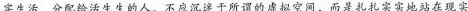
实生活，分配给活生生的人，不应沉迷于所谓的虚拟空间，而是扎扎实实地站在现实